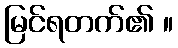
မြင်ရတက်၏ ။